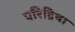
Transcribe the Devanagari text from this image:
परिद्रिषा